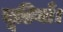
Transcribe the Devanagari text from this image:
चूडियाँ।